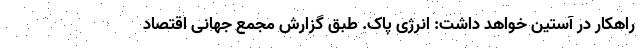
راهکار در آستین خواهد داشت: انرژی پاک. طبق گزارش مجمع جهانی اقتصاد